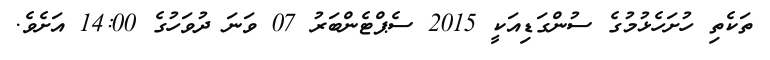
ތަކެތި ހުށަހެޅުމުގެ ސުންގަޑިއަކީ 2015 ސެޕްޓެންބަރު 07 ވަނަ ދުވަހުގެ 14:00 އަށެވެ.